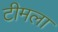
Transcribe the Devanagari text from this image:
टीमला